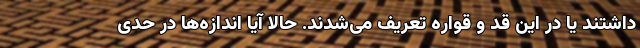
داشتند یا در این قد و قواره تعریف می‌شدند. حالا آیا اندازه‌ها در حدی